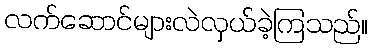
လက်ဆောင်များလဲလှယ်ခဲ့ကြသည်။